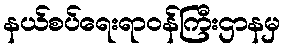
နယ်စပ်ရေးရာဝန်ကြီးဌာနမှ